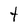
Character: t